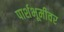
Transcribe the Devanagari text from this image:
पार्शभूमीवर